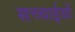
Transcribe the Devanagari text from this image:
सच्चाईयों